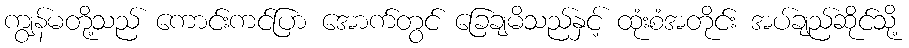
ကျွန်မတို့သည် ကောင်းကင်ပြာ အောက်တွင် ခြေချမိသည်နှင့် ထုံးစံအတိုင်း အပ်ချည်ဆိုင်သို့